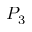
P _ { 3 }